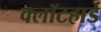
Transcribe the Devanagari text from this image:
क्लॉटहार्ड